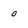
Character: 0